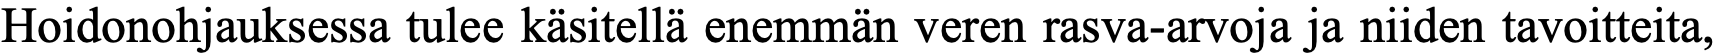
Hoidonohjauksessa tulee käsitellä enemmän veren rasva-arvoja ja niiden tavoitteita,